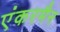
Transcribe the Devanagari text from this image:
एंकरमैन